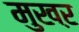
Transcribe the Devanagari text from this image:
मुखऱ